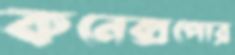
কনেক্সপোর